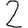
Digit: 2